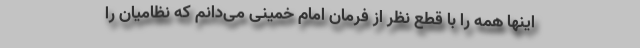
اینها همه را با قطع نظر از فرمان امام خمینی می‌دانم که نظامیان را